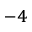
^ { - 4 }